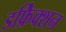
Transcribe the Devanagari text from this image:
डफ्रैिक्शन